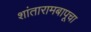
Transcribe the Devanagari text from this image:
शांतारामबापूचा